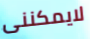
لايمكننى